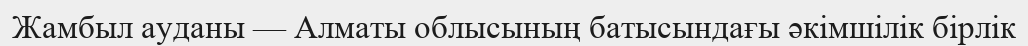
Жамбыл ауданы — Алматы облысының батысындағы әкімшілік бірлік